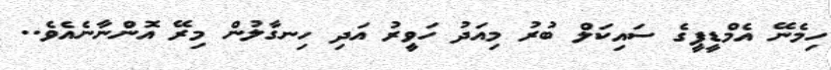
ހިމެނޭ އެމްޑީޕީގެ ސައިކަލް ބުރު މިއަދު ހަވީރު އަދި ހިނގާލުން މިރޭ އޮންނާނެއެވެ..